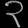
Digit: ၃